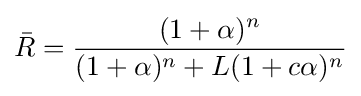
{\bar {R}}={\frac {(1+\alpha )^{n}}{(1+\alpha )^{n}+L(1+c\alpha )^{n}}}